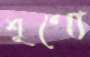
শূণ্যে